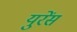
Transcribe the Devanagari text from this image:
युरेंस